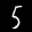
Label: 5